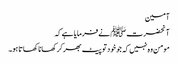
آمین
آنحضرت ﷺ نے فرمایا ہے کہ
مومن وہ نہیں کہ جو خودتو پیٹ بھرکر کھانا کھاتا ہو۔